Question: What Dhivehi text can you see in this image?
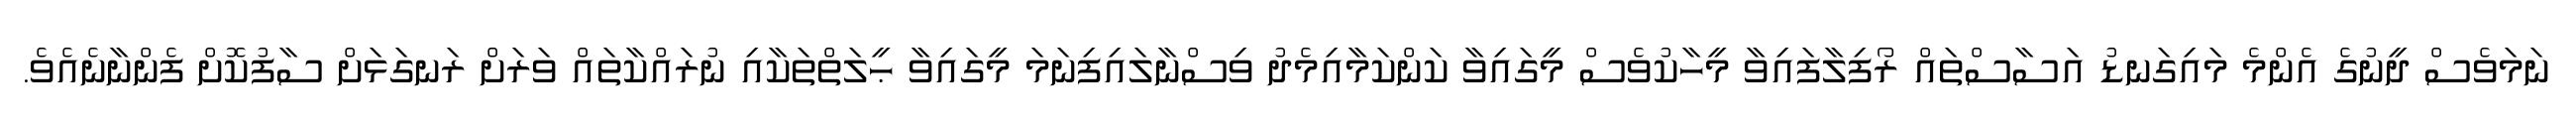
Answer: ނަމަވެސް ދީނުގެ އެންމެ މައިގަނޑު އަސާސްތައް ރޯފިލާފައިވާ މީހާކުވެސް މީގައިވާ ކަންކަމާއިމެދު ވިސްނާލައިފިނަމަ މީގައިވާ ޙީލަތްތަކާއި ނުރައްކާތައް ވަރަށް ރަނގަޅަށް ސާފުކޮށް ފެންނާނެއެވެ.